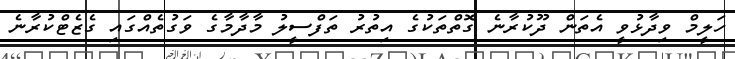
ހަލީމް ވިދާޅުވީ އެތަން ދޫކުރާނެ ގޮތްތަކުގެ އިތުރު ތަފްސީލު މާދާމާގެ ވަގުތެއްގައި ގެޒެޓްކުރާނެ